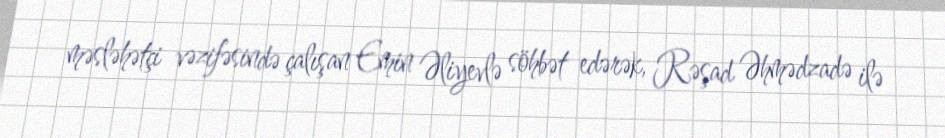
məsləhətçi vəzifəsində çalışan Emin Əliyevlə söhbət edərək, Rəşad Əhmədzadə ilə